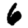
Digit: 6